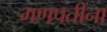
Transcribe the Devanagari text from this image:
गणपतींना